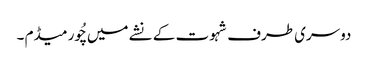
دوسری طرف شہوت کے نشے میں چُور میڈم ۔